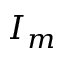
I _ { m }